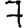
Digit: 7